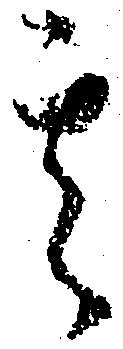
其